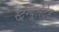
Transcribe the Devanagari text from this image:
स्ट्रेंग्यूलेटेड